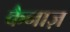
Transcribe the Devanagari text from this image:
कैनाज़